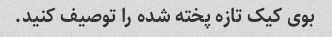
بوی کیک تازه پخته شده را توصیف کنید.